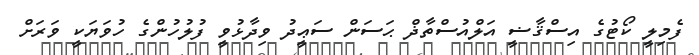
ފެމިލީ ކޯޓުގެ އިސްޤާޟީ އަލްއުސްތާޛް ޙަސަން ސަޢީދު ވިދާޅުވީ ފުލުހުންގެ ހުވަޔަކީ ވަރަށް